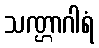
သဏ္ဌာဂါရံ